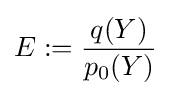
E:={\frac {q(Y)}{p_{0}(Y)}}